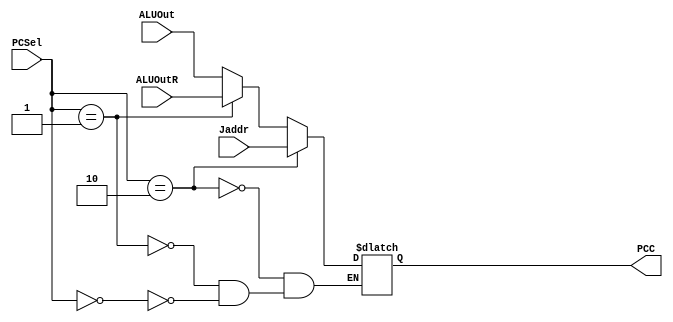
`timescale 1ns / 1ps
//////////////////////////////////////////////////////////////////////////////////
// Company: 
// Engineer: 
// 
// Design Name: 
// Module Name: PCSelMux
// Project Name: 
// Target Devices: 
// Tool Versions: 
// Description: 
// 
// Dependencies: 
// 
// Revision:
// Revision 0.01 - File Created
// Additional Comments:
// 
//////////////////////////////////////////////////////////////////////////////////


module PCSelMux(input [1:0] PCSel, input[31:0] Jaddr, ALUOutR, ALUOut, output reg [31:0] PCC);
always@(*) begin
if(PCSel == 2'b00)
PCC <= ALUOut;
if(PCSel == 2'b01) begin
PCC <= ALUOutR;
end
if(PCSel == 2'b10)
PCC <= Jaddr;
end
endmodule